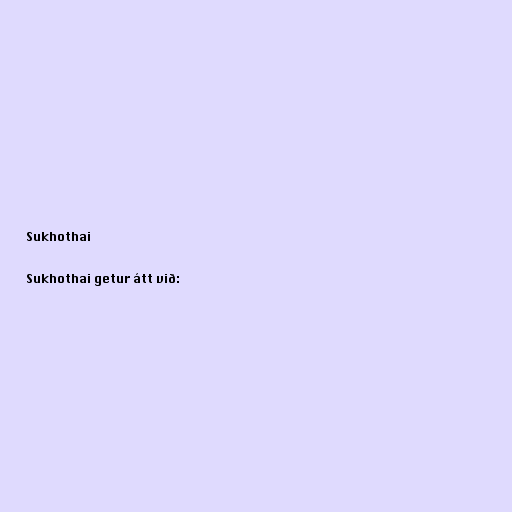
Sukhothai

Sukhothai getur átt við: